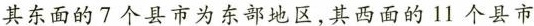
其东面的7个县市为东部地区，其西面的11个县市